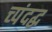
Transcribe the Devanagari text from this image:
च्पंदद्ध